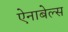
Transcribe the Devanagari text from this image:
ऐनाबेल्स